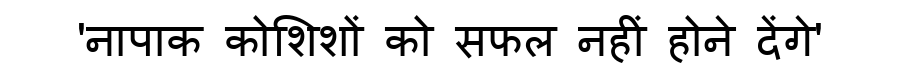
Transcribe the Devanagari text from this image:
'नापाक कोशिशों को सफल नहीं होने देंगे'